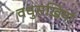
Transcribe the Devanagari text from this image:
वधुसखियां